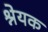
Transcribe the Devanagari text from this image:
श्नेयक